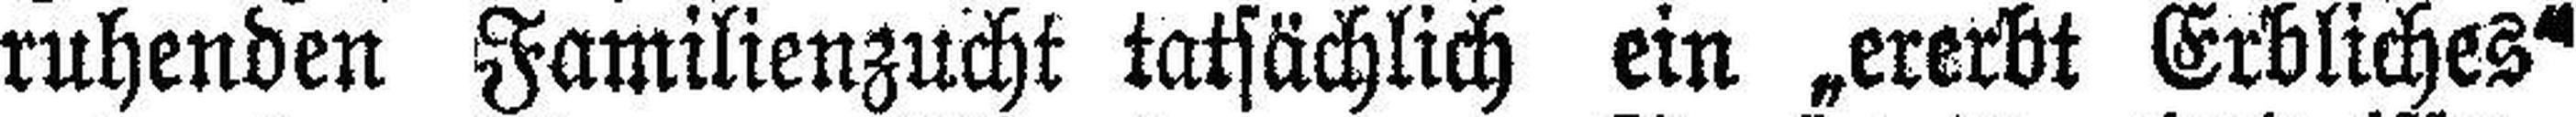
ruhenden Familienzucht tatsächlich ein „ererbt Erbliches"